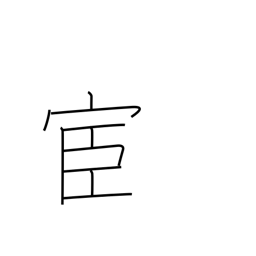
Meaning: official